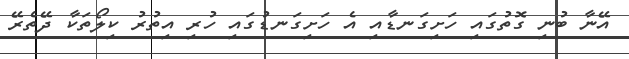
އޭނާ ބުނި ގޮތުގައި ހަށިގަނޑާއި އެ ހަށިގަނޑުގައި ހުރި އިތުރު ކިލޯތަކާ ދޭތެރޭ